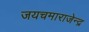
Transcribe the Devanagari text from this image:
जयचमाराजेन्द्र